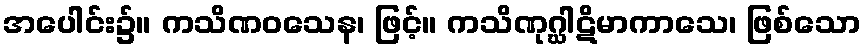
အပေါင်း၌။ ကသိဏဝသေန၊ ဖြင့်။ ကသိဏုဂ္ဃါဋိမာကာသေ၊ ဖြစ်သော